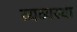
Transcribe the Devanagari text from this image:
व्यव्यस्था